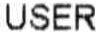
USER